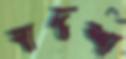
বাদশা